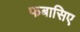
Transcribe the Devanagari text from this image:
फबासिए